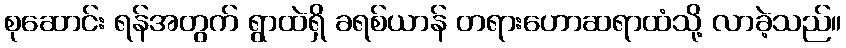
စုဆောင်း ရန်အတွက် ရွာထဲရှိ ခရစ်ယာန် တရားဟောဆရာထံသို့ လာခဲ့သည်။